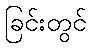
ခြင်းတွင်